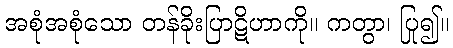
အစုံအစုံသော တန်ခိုးပြာဋိဟာကို။ ကတွာ၊ ပြု၍။